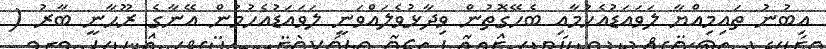
އިބުނު ތައިމިއްޔާ ލަވައަޑުއެހުމާއި ބެހޭގޮތުން ވިދާޅުވެލައްވަނީ ލަވައަޑުއެހުމުން އޭނާގެ ރޫޙާނީ ބާރު (